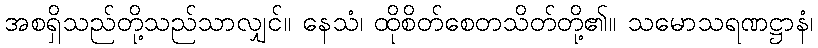
အစရှိသည်တို့သည်သာလျှင်။ နေသံ၊ ထိုစိတ်စေတသိတ်တို့၏။ သမောသရဏဋ္ဌာနံ၊